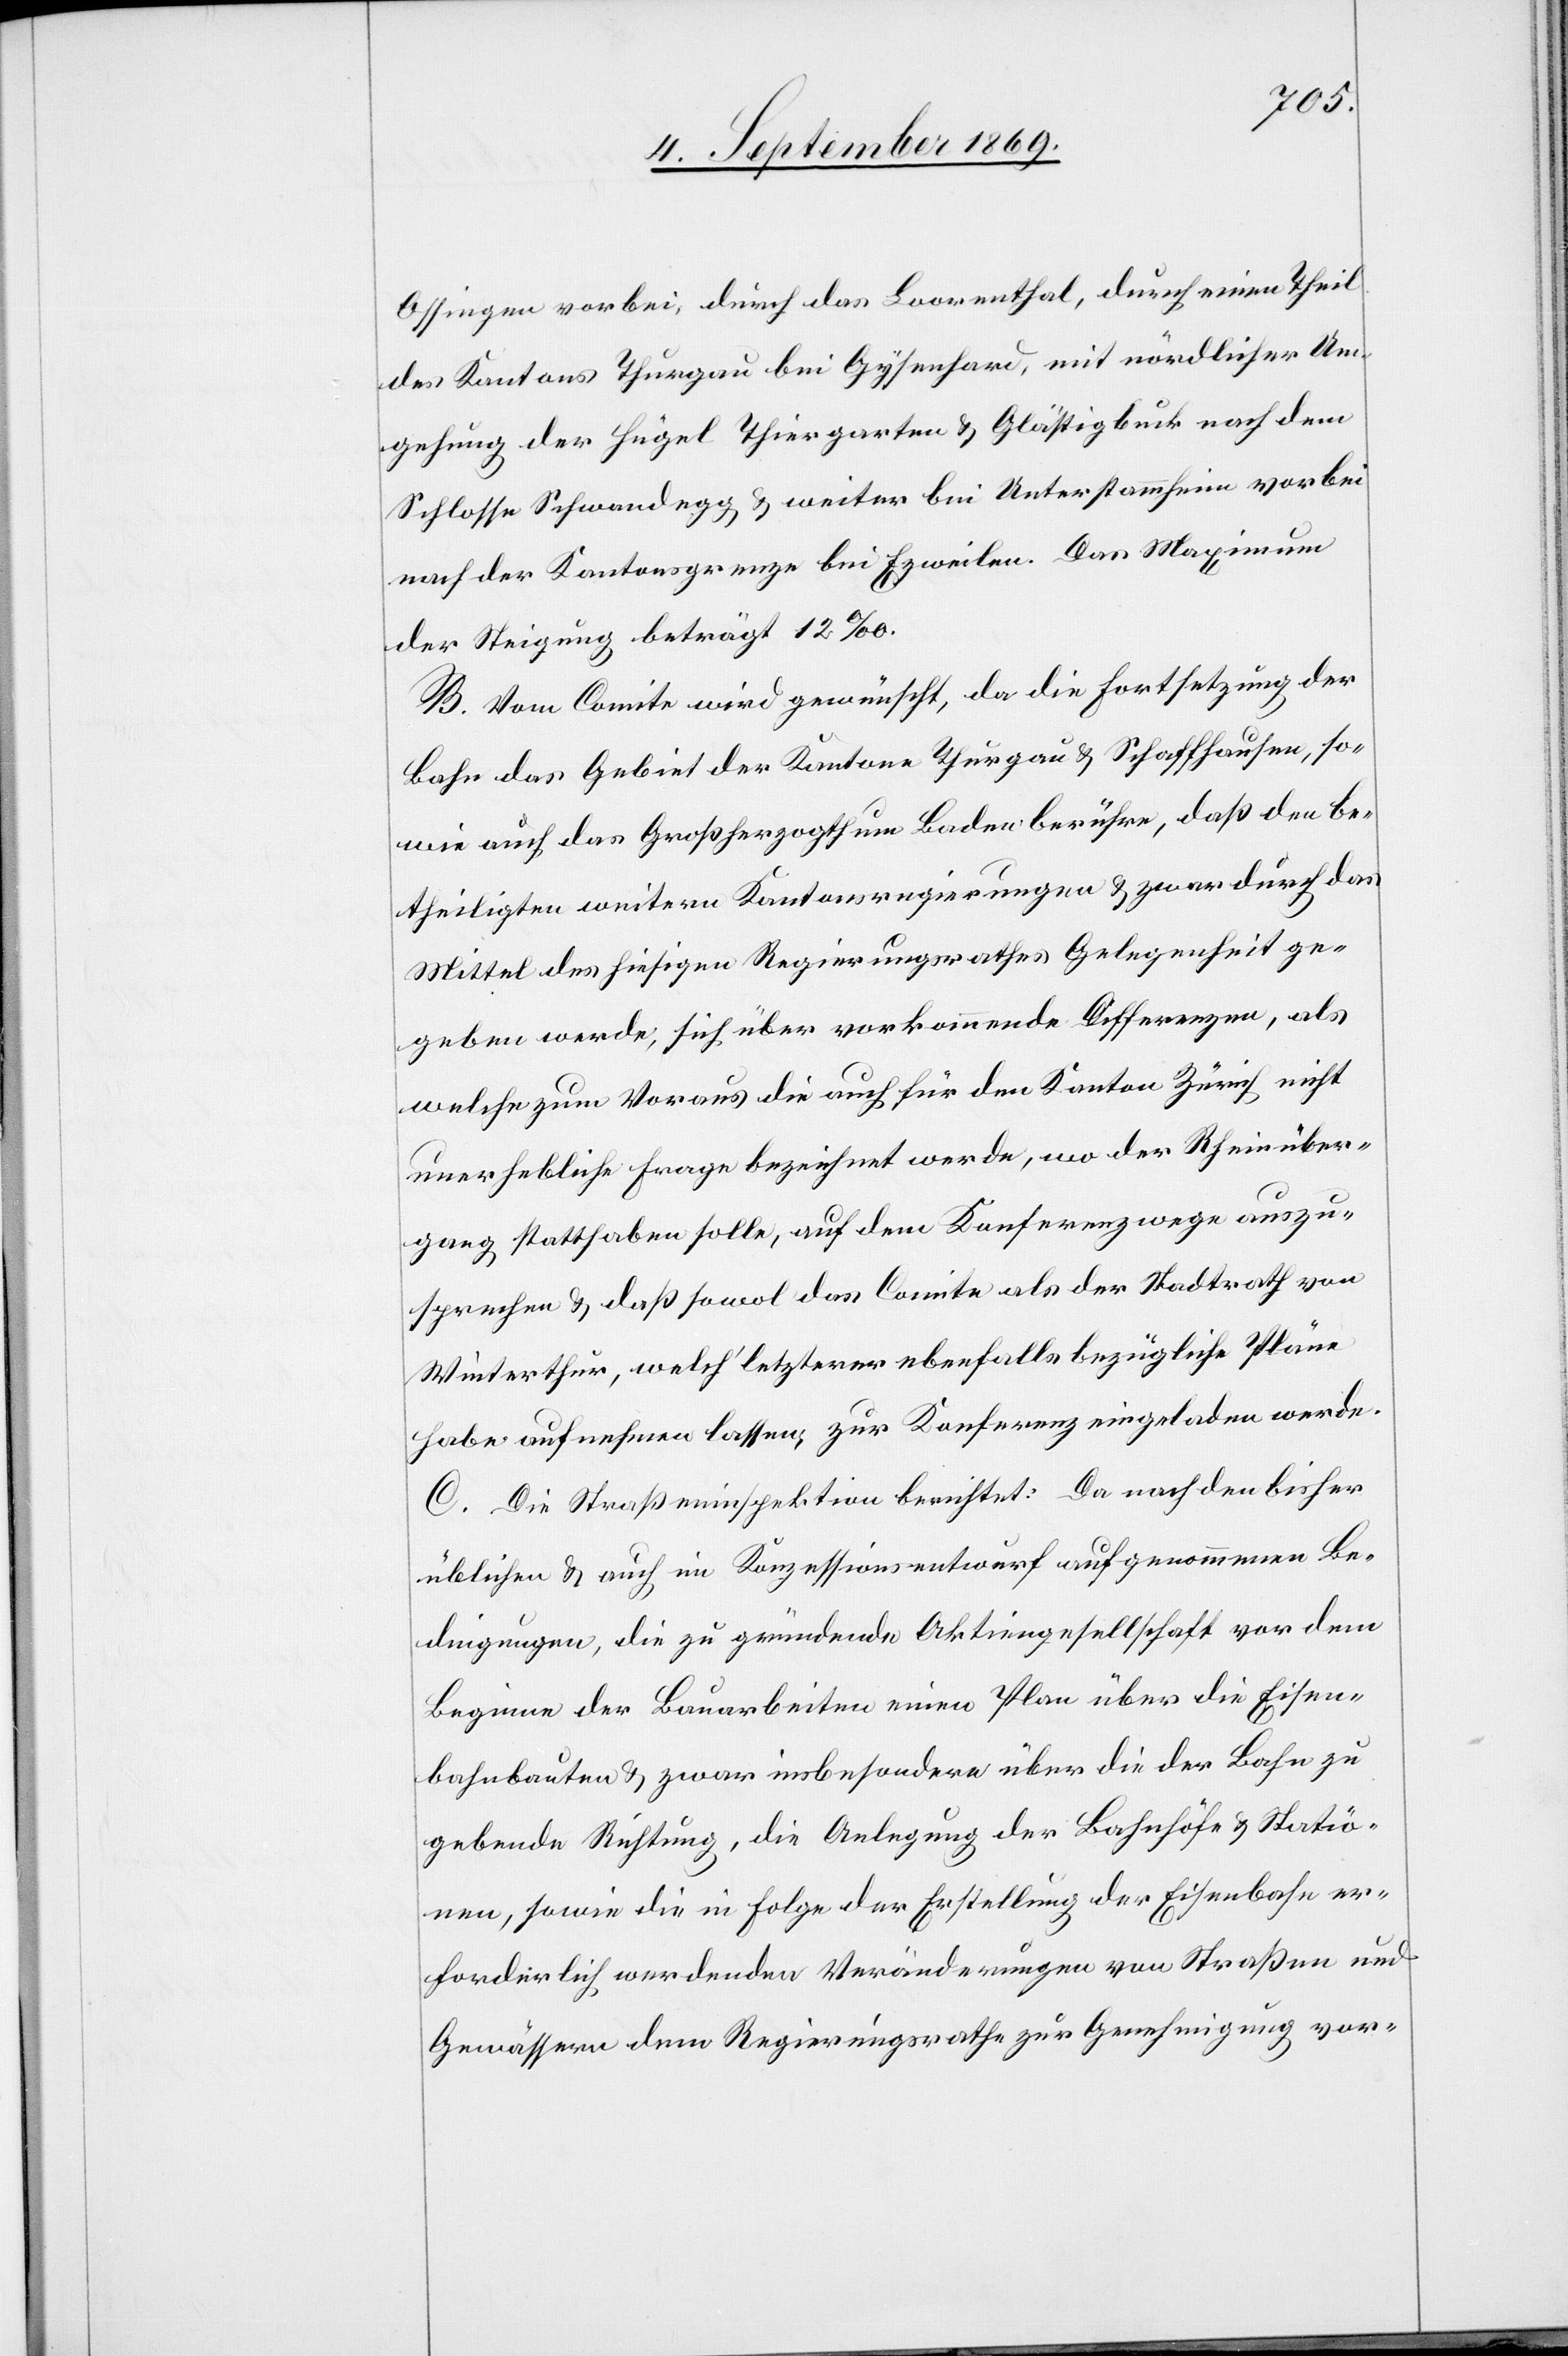
Ossingen vorbei, durch das Loorenthal, durch einen Theil
des Kantons Thurgau bei Gysenhard, mit nördlicher Um¬
gehung der Hügel Thiergarten & Glästigbuck nach dem
Schlosse Schwandegg & weiter bei Unterstammheim vorbei
nach der Kantonsgrenze bei Ezweilen. Das Maximum
der Steigung beträgt 12‰.
B. Vom Comite wird gewünscht, da die Fortsetzung der
Bahn das Gebiet der Kantone Thurgau & Schaffhausen, so¬
wie auch das Großherzogthum Baden berühre, daß den be¬
theiligten weitern Kantonsregierungen & zwar durch das
Mittel des hiesigen Regierungsrathes Gelegenheit ge¬
geben werde, sich über vorkommende Differenzen, als
welche zum Voraus die auch für den Kanton Zürich nicht
unerhebliche Frage bezeichnet werde, wo der Rheinüber¬
gang statthaben solle, auf dem Konferenzwege auszu¬
sprechen & daß sowol das Comite als der Stadtrath von
Winterthur, welch’ letzterer ebenfalls bezügliche Pläne
habe aufnehmen lassen, zur Konferenz eingeladen werde[n].
C. Die Straßeninspektion berichtet: Da nach den bisher
üblichen & auch im Konzessionsentwurf aufgenommenen Be¬
dingungen, die zu gründende Aktiengesellschaft vor dem
Beginne der Bauarbeiten einen Plan über die Eisen¬
bahnbauten & zwar insbesondere über die der Bahn zu
gebende Richtung, die Anlegung der Bahnhöfe & Statio¬
nen, sowie die in Folge der Erstellung der Eisenbahn er¬
forderlich werdenden Veränderungen von Straßen und
Gewässern dem Regierungsrathe zur Genehmigung vor-